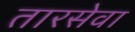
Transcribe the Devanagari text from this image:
तारसेवा